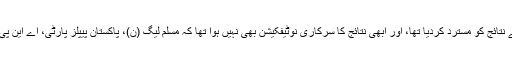
پولنگ والے دن ہی گنتی کے دوران سیاسی جماعتوں نے دھاندلی کا الزام لگاتے ہوئے نتائج کو مسترد کردیا تھا، اور ابھی نتائج کا سرکاری نوٹیفکیشن بھی نہیں ہوا تھا کہ مسلم لیگ (ن)، پاکستان پیپلز پارٹی، اے این پی، پانچ جماعتی اتحاد متحدہ مجلس عمل ایک گرینڈ الائنس کی جانب بڑھتے نظر آئے۔